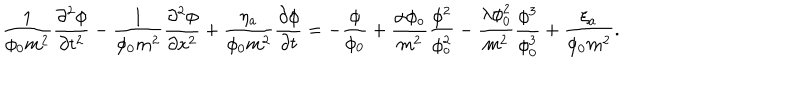
\frac { 1 } { \phi _ { 0 } m ^ { 2 } } \frac { \partial ^ { 2 } \phi } { \partial t ^ { 2 } } - \frac { 1 } { \phi _ { 0 } m ^ { 2 } } \frac { \partial ^ { 2 } \phi } { \partial x ^ { 2 } } + \frac { \eta _ { a } } { \phi _ { 0 } m ^ { 2 } } \frac { \partial \phi } { \partial t } = - \frac { \phi } { \phi _ { 0 } } + \frac { \alpha \phi _ { o } } { m ^ { 2 } } \frac { \phi ^ { 2 } } { \phi _ { o } ^ { 2 } } - \frac { \lambda \phi _ { 0 } ^ { 2 } } { m ^ { 2 } } \frac { \phi ^ { 3 } } { \phi _ { 0 } ^ { 3 } } + \frac { \xi _ { a } } { \phi _ { 0 } m ^ { 2 } } .